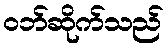
ဝဘ်ဆိုက်သည်